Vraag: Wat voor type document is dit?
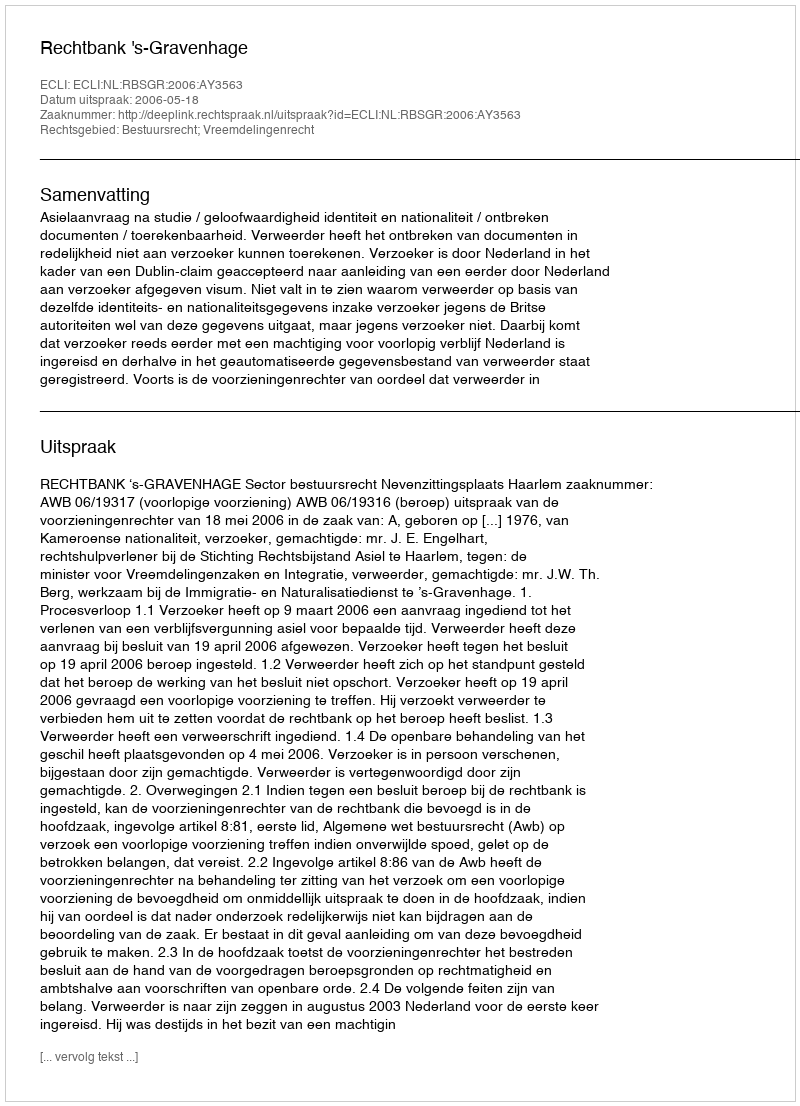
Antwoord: Uitspraak